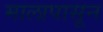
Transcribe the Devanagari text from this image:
मालापासून